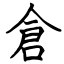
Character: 倉